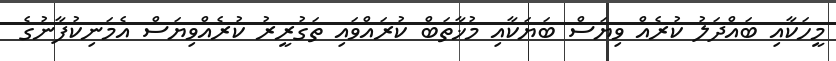
މީހަކާއި ބައްދަލު ކުރެއް ވިޔަސް ބަޔަކާއި މުޚާތަބް ކުރައްވައި ތަގުރީރު ކުރެއްވިޔަސް އެމަނިކުފާނުގެ